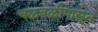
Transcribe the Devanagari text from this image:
चळवळीपासून